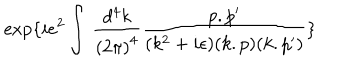
LaTeX: \exp \{ i e ^ { 2 } \int \, \frac { d ^ { 4 } k } { { ( 2 \pi ) } ^ { 4 } } \frac { p . p ^ { \prime } } { ( k ^ { 2 } + i \epsilon ) ( k . p ) ( k . p ^ { \prime } ) } \}